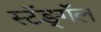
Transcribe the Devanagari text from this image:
स्टॅङ्गॅल